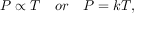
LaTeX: { P } \propto { T } \quad o r \quad P = k T ,